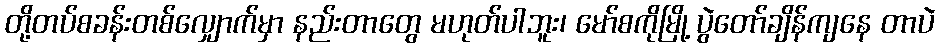
တို့တပ်စခန်းတစ်လျှောက်မှာ နည်းတာတွေ မဟုတ်ပါဘူး၊ မော်စကိုမြို့ ပွဲတော်ချိန်ကျနေ တာပဲ